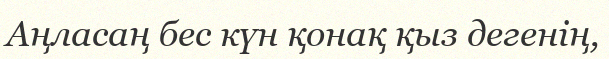
Аңласаң бес күн қонақ қыз дегенің,